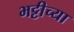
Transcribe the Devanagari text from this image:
भट्टीच्या